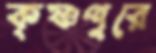
কৃষ্ণপুরে